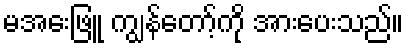
မအေးဖြူ ကျွန်တော့်ကို အားပေးသည်။